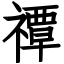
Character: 禫